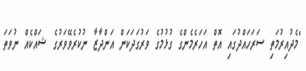
"މެދުއިރުމަތި ސަރަހައްދުގައި އޮތް އަހަރެމެންގެ ގުޅުމުގެ ވަރުގަދަކަން އަންދާޒާ ނުކުރެވޭވަރުގެ ޝައްކެއް ނުވަތަ